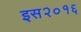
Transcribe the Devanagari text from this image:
इस२०१६